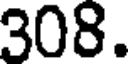
308.